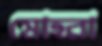
মোহরা